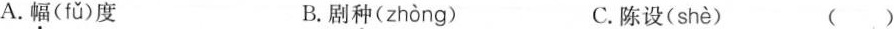
A.幅( fǔ )度 B.剧种( zhòng ) C.陈设( shè ) ()